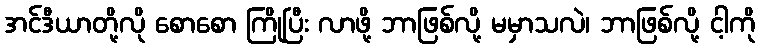
အင်ဒီယာတို့လို စောစော ကြိုပြီး လာဖို့ ဘာဖြစ်လို့ မမှာသလဲ၊ ဘာဖြစ်လို့ ငါ့ကို